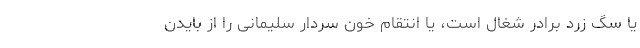
یا سگ زرد برادر شغال است،‌ یا انتقام خون سردار سلیمانی را از بایدن